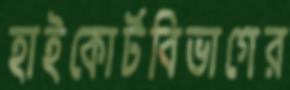
হাইকোর্টবিভাগের